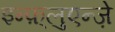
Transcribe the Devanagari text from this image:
इन्फ़्लुएन्ज़े